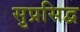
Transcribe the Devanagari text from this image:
सुप्रसिद्व